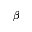
\beta